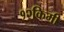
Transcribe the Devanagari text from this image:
१२किमी